Annual administration report of the Civil Veterinary Department of India - 1899-1900
Year: 1899
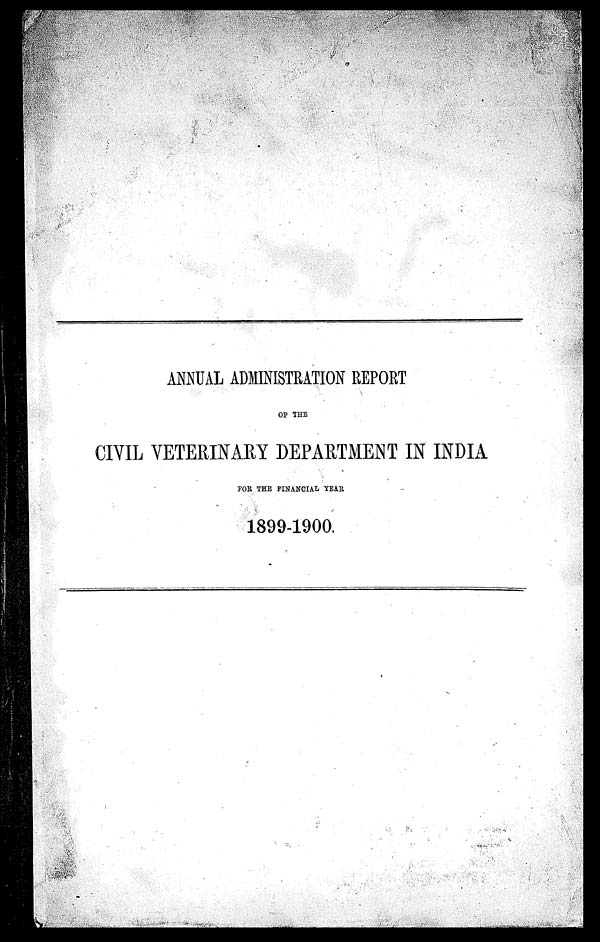
ANNUAL ADMINISTRATION REPORT
OF THE
CIVIL VETERINARY DEPARTMENT IN INDIA
FOR THE FINANCIAL YEAR
1899-1900.